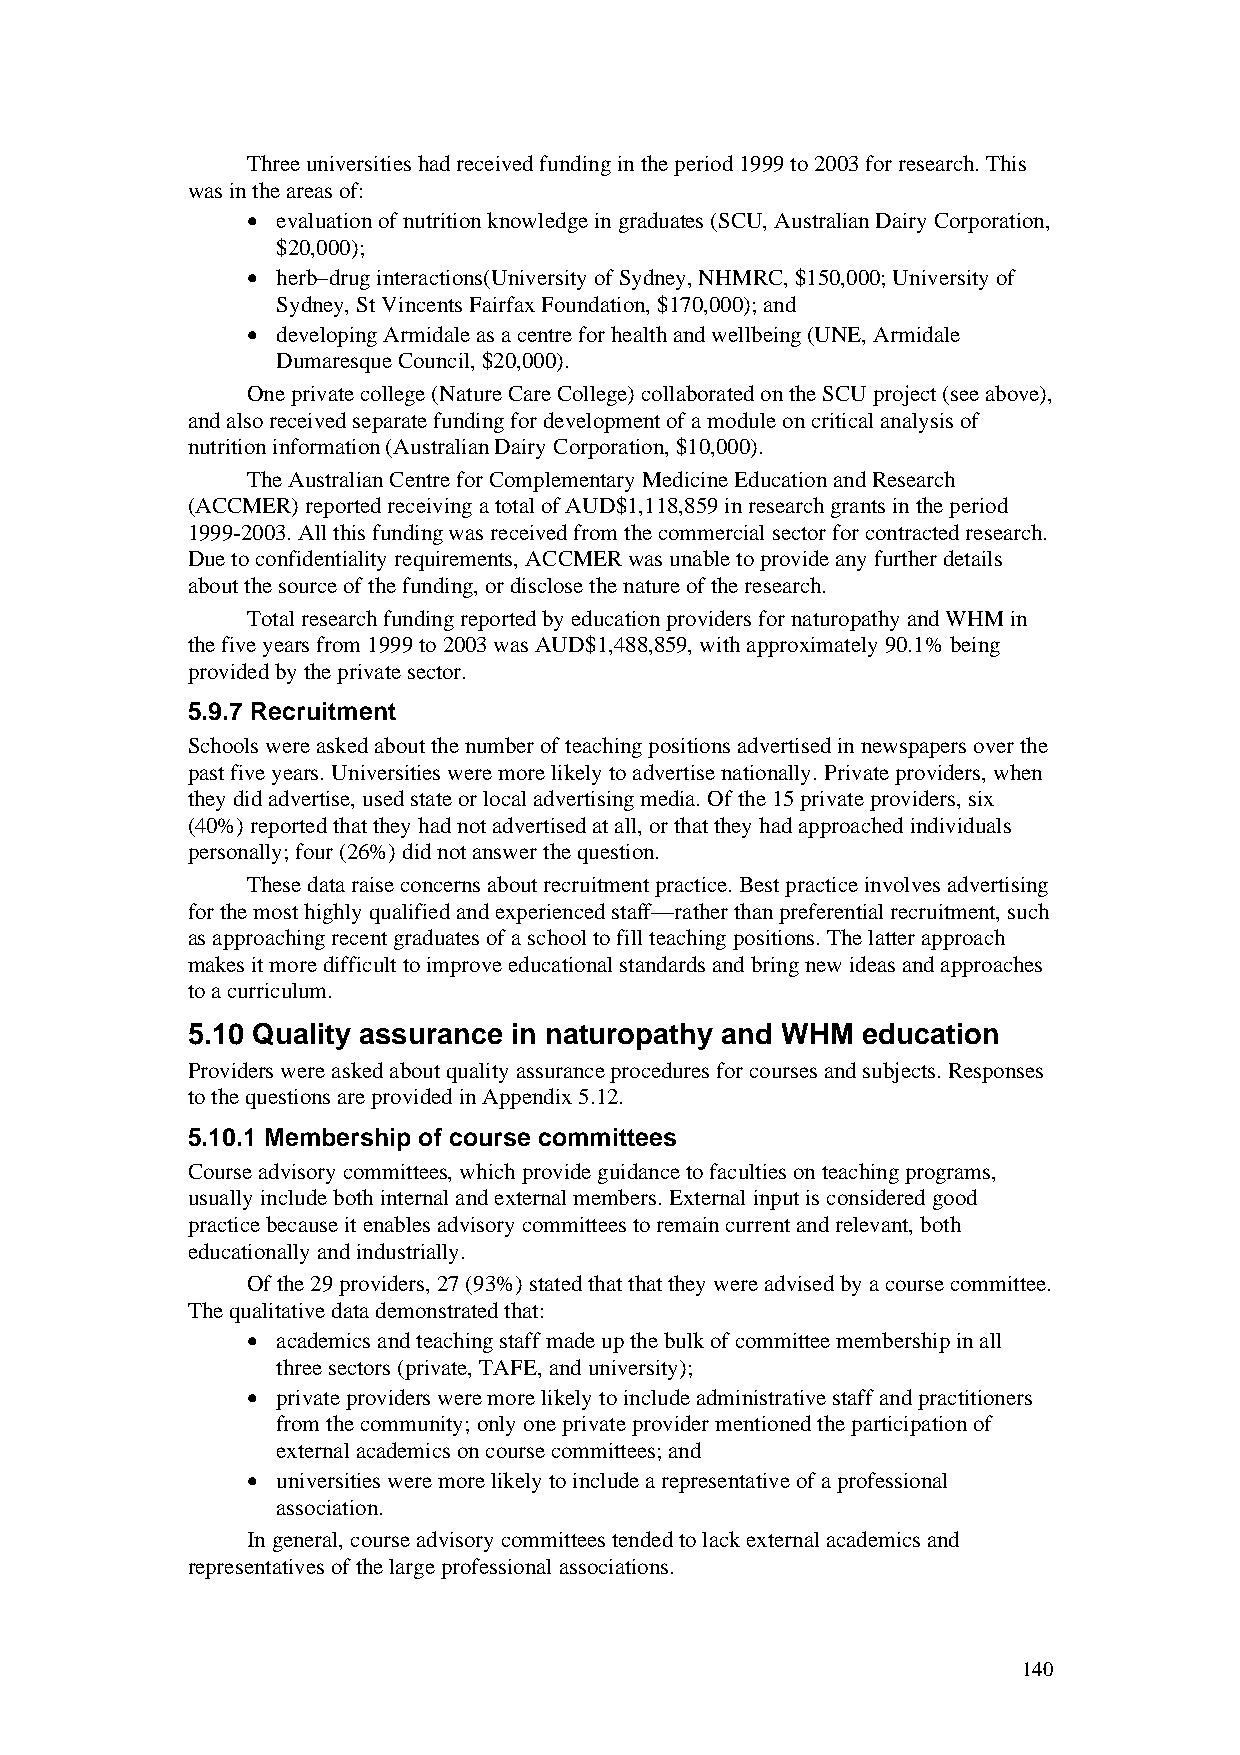
Three universities had received funding in the period 1999 to 2003 for research. This
 was in the areas of:
 • evaluation of nutrition knowledge in graduates (SCU, Australian Dairy Corporation,
 $20,000);
 • herb–drug interactions(University of Sydney, NHMRC, $150,000; University of
 Sydney, St Vincents Fairfax Foundation, $170,000); and
 • developing Armidale as a centre for health and wellbeing (UNE, Armidale
 Dumaresque Council, $20,000).
 One private college (Nature Care College) collaborated on the SCU project (see above),
 and also received separate funding for development of a module on critical analysis of
 nutrition information (Australian Dairy Corporation, $10,000).
 The Australian Centre for Complementary Medicine Education and Research
 (ACCMER) reported receiving a total of AUD$1,118,859 in research grants in the period
 1999-2003. All this funding was received from the commercial sector for contracted research.
 Due to confidentiality requirements, ACCMER was unable to provide any further details
 about the source of the funding, or disclose the nature of the research.
 Total research funding reported by education providers for naturopathy and WHM in
 the five years from 1999 to 2003 was AUD$1,488,859, with approximately 90.1% being
 provided by the private sector.
 5.9.7 Recruitment
 Schools were asked about the number of teaching positions advertised in newspapers over the
 past five years. Universities were more likely to advertise nationally. Private providers, when
 they did advertise, used state or local advertising media. Of the 15 private providers, six
 (40%) reported that they had not advertised at all, or that they had approached individuals
 personally; four (26%) did not answer the question.
 These data raise concerns about recruitment practice. Best practice involves advertising
 for the most highly qualified and experienced staff—rather than preferential recruitment, such
 as approaching recent graduates of a school to fill teaching positions. The latter approach
 makes it more difficult to improve educational standards and bring new ideas and approaches
 to a curriculum.
 5.10 Quality assurance in naturopathy and WHM education
 Providers were asked about quality assurance procedures for courses and subjects. Responses
 to the questions are provided in Appendix 5.12.
 5.10.1 Membership of course committees
 Course advisory committees, which provide guidance to faculties on teaching programs,
 usually include both internal and external members. External input is considered good
 practice because it enables advisory committees to remain current and relevant, both
 educationally and industrially.
 Of the 29 providers, 27 (93%) stated that that they were advised by a course committee.
 The qualitative data demonstrated that:
 • academics and teaching staff made up the bulk of committee membership in all
 three sectors (private, TAFE, and university);
 • private providers were more likely to include administrative staff and practitioners
 from the community; only one private provider mentioned the participation of
 external academics on course committees; and
 • universities were more likely to include a representative of a professional
 association.
 In general, course advisory committees tended to lack external academics and
 representatives of the large professional associations.
 140